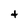
Character: t